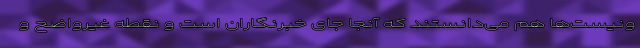
ونیست‌ها هم می‌دانستند که آنجا جای خبرنگاران است و نقطه غیرواضح و